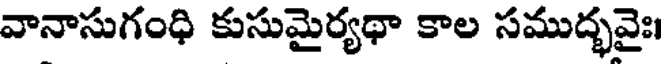
వానాసుగంధి కుసుమైర్యథా కాల సముద్భవైః।